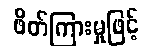
ဖိတ်ကြားမှုဖြင့်